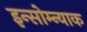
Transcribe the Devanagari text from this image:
इन्सोम्न्याक